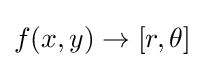
f(x,y)\rightarrow [r,\theta ]